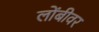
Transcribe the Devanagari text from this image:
लोंबीवर